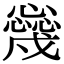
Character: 𢣳